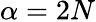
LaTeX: \alpha=2N